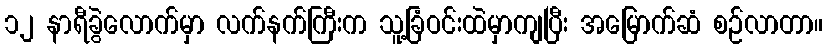
၁၂ နာရီခွဲလောက်မှာ လက်နက်ကြီးက သူ့ခြံဝင်းထဲမှာကျပြီး အမြောက်ဆံ စဉ်လာတာ။